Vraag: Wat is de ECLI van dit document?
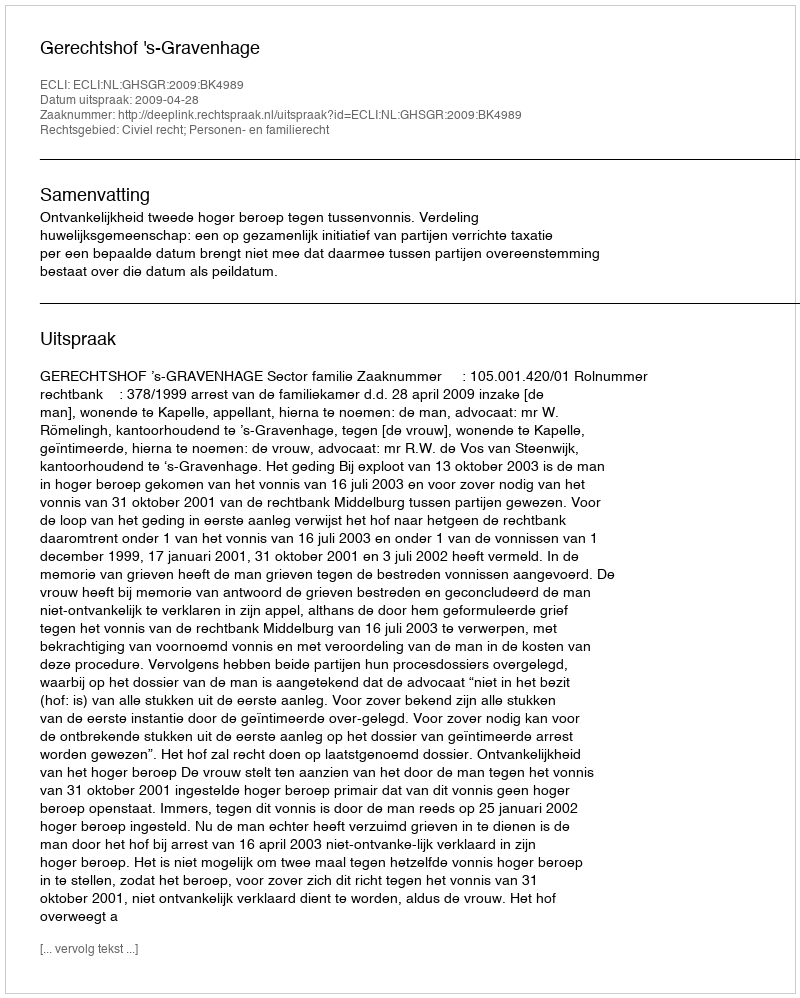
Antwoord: ECLI:NL:GHSGR:2009:BK4989